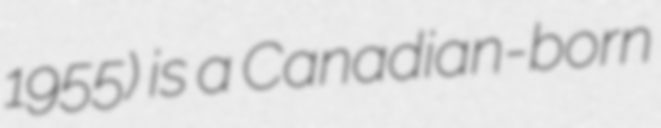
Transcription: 1955) is a Canadian-born